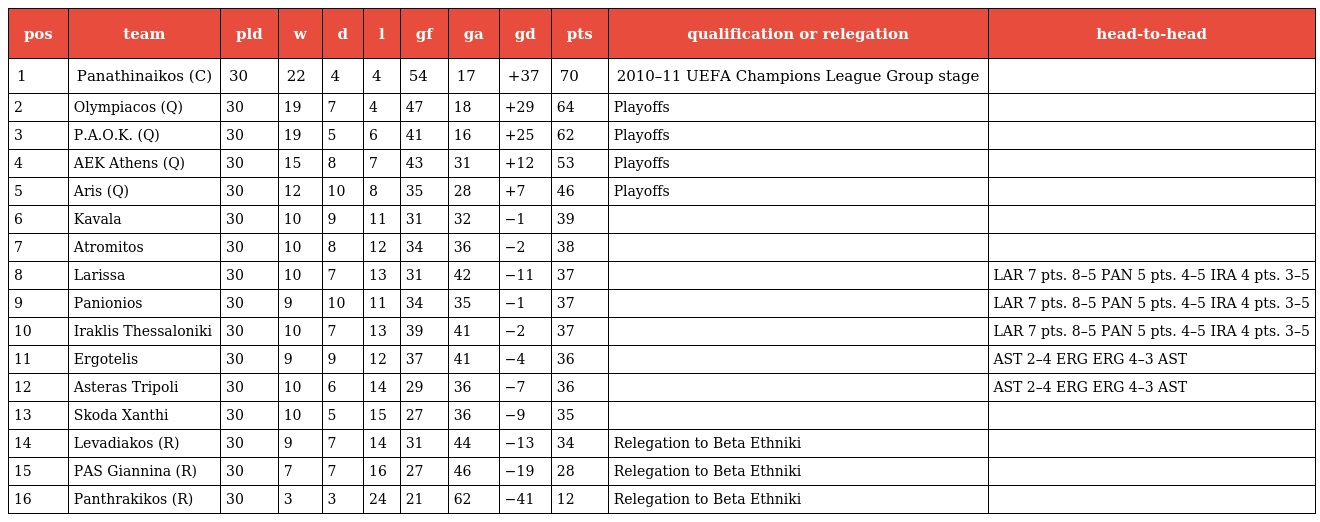
| pos | team | pld | w | d | l | gf | ga | gd | pts | qualification or relegation | head-to-head |
 | --- | --- | --- | --- | --- | --- | --- | --- | --- | --- | --- | --- |
 | 1 | Panathinaikos (C) | 30 | 22 | 4 | 4 | 54 | 17 | +37 | 70 | 2010–11 UEFA Champions League Group stage |  |
 | 2 | Olympiacos (Q) | 30 | 19 | 7 | 4 | 47 | 18 | +29 | 64 | Playoffs |  |
 | 3 | P.A.O.K. (Q) | 30 | 19 | 5 | 6 | 41 | 16 | +25 | 62 | Playoffs |  |
 | 4 | AEK Athens (Q) | 30 | 15 | 8 | 7 | 43 | 31 | +12 | 53 | Playoffs |  |
 | 5 | Aris (Q) | 30 | 12 | 10 | 8 | 35 | 28 | +7 | 46 | Playoffs |  |
 | 6 | Kavala | 30 | 10 | 9 | 11 | 31 | 32 | −1 | 39 |  |  |
 | 7 | Atromitos | 30 | 10 | 8 | 12 | 34 | 36 | −2 | 38 |  |  |
 | 8 | Larissa | 30 | 10 | 7 | 13 | 31 | 42 | −11 | 37 |  | LAR 7 pts. 8–5 PAN 5 pts. 4–5 IRA 4 pts. 3–5 |
 | 9 | Panionios | 30 | 9 | 10 | 11 | 34 | 35 | −1 | 37 |  | LAR 7 pts. 8–5 PAN 5 pts. 4–5 IRA 4 pts. 3–5 |
 | 10 | Iraklis Thessaloniki | 30 | 10 | 7 | 13 | 39 | 41 | −2 | 37 |  | LAR 7 pts. 8–5 PAN 5 pts. 4–5 IRA 4 pts. 3–5 |
 | 11 | Ergotelis | 30 | 9 | 9 | 12 | 37 | 41 | −4 | 36 |  | AST 2–4 ERG ERG 4–3 AST |
 | 12 | Asteras Tripoli | 30 | 10 | 6 | 14 | 29 | 36 | −7 | 36 |  | AST 2–4 ERG ERG 4–3 AST |
 | 13 | Skoda Xanthi | 30 | 10 | 5 | 15 | 27 | 36 | −9 | 35 |  |  |
 | 14 | Levadiakos (R) | 30 | 9 | 7 | 14 | 31 | 44 | −13 | 34 | Relegation to Beta Ethniki |  |
 | 15 | PAS Giannina (R) | 30 | 7 | 7 | 16 | 27 | 46 | −19 | 28 | Relegation to Beta Ethniki |  |
 | 16 | Panthrakikos (R) | 30 | 3 | 3 | 24 | 21 | 62 | −41 | 12 | Relegation to Beta Ethniki |  |